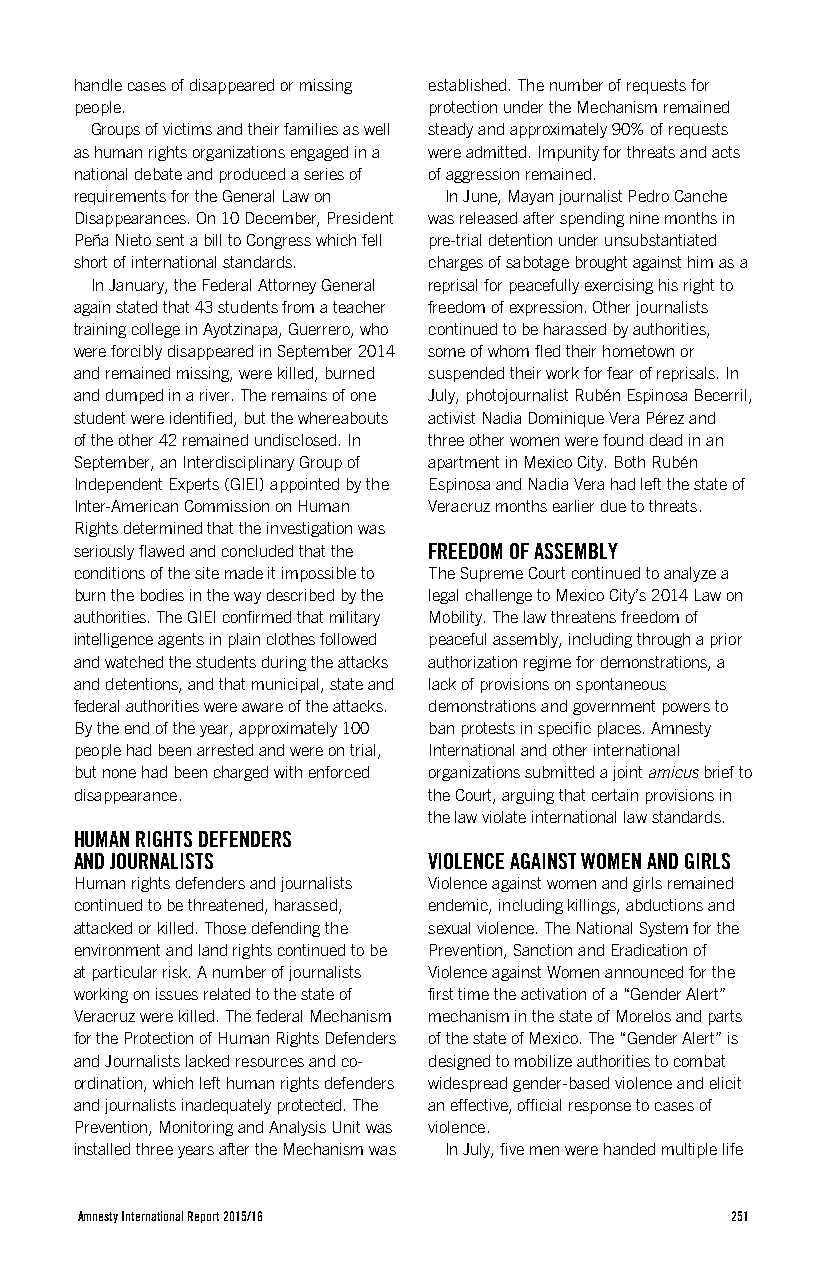
handle cases of disappeared or missing established. The number of requests for
 people.                protection under the Mechanism remained
 Groups of victims and their families as well steady and approximately 90% of requests
 as human rights organizations engaged in a were admitted. Impunity for threats and acts
 national debate and produced a series of of aggression remained.
 requirements for the General Law on In June, Mayan journalist Pedro Canche
 Disappearances. On 10 December, President was released after spending nine months in
 Peña Nieto sent a bill to Congress which fell pre-trial detention under unsubstantiated
 short of international standards. charges of sabotage brought against him as a
 In January, the Federal Attorney General reprisal for peacefully exercising his right to
 again stated that 43 students from a teacher freedom of expression. Other journalists
 training college in Ayotzinapa, Guerrero, who continued to be harassed by authorities,
 were forcibly disappeared in September 2014 some of whom fled their hometown or
 and remained missing, were killed, burned suspended their work for fear of reprisals. In
 and dumped in a river. The remains of one July, photojournalist Rubén Espinosa Becerril,
 student were identified, but the whereabouts activist Nadia Dominique Vera Pérez and
 of the other 42 remained undisclosed. In three other women were found dead in an
 September, an Interdisciplinary Group of apartment in Mexico City. Both Rubén
 Independent Experts (GIEI) appointed by the Espinosa and Nadia Vera had left the state of
 Inter-American Commission on Human Veracruz months earlier due to threats.
 Rights determined that the investigation was
 seriously flawed and concluded that the FREEDOM OF ASSEMBLY
 conditions of the site made it impossible to The Supreme Court continued to analyze a
 burn the bodies in the way described by the legal challenge to Mexico City’s 2014 Law on
 authorities. The GIEI confirmed that military Mobility. The law threatens freedom of
 intelligence agents in plain clothes followed peaceful assembly, including through a prior
 and watched the students during the attacks authorization regime for demonstrations, a
 and detentions, and that municipal, state and lack of provisions on spontaneous
 federal authorities were aware of the attacks. demonstrations and government powers to
 By the end of the year, approximately 100 ban protests in specific places. Amnesty
 people had been arrested and were on trial, International and other international
 but none had been charged with enforced organizations submitted a joint amicus brief to
 disappearance.         the Court, arguing that certain provisions in
 the law violate international law standards.
 HUMAN RIGHTS DEFENDERS
 AND JOURNALISTS        VIOLENCE AGAINST WOMEN AND GIRLS
 Human rights defenders and journalists Violence against women and girls remained
 continued to be threatened, harassed, endemic, including killings, abductions and
 attacked or killed. Those defending the sexual violence. The National System for the
 environment and land rights continued to be Prevention, Sanction and Eradication of
 at particular risk. A number of journalists Violence against Women announced for the
 working on issues related to the state of first time the activation of a “Gender Alert”
 Veracruz were killed. The federal Mechanism mechanism in the state of Morelos and parts
 for the Protection of Human Rights Defenders of the state of Mexico. The “Gender Alert” is
 and Journalists lacked resources and co- designed to mobilize authorities to combat
 ordination, which left human rights defenders widespread gender-based violence and elicit
 and journalists inadequately protected. The an effective, official response to cases of
 Prevention, Monitoring and Analysis Unit was violence.
 installed three years after the Mechanism was In July, five men were handed multiple life
 Amnesty International Report 2015/16       251